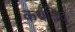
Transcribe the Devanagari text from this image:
कथंचिद्